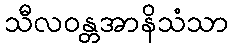
သီလဝန္တအာနိသံသာ